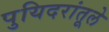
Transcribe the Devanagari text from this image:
पुयिदरांतूले